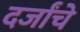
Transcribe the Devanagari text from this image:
दर्जांचे